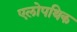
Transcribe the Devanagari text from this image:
एलोपथिक